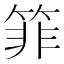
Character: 𰪂